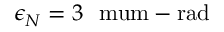
\epsilon _ { N } = 3 \mathrm { \ \ m u m - r a d }